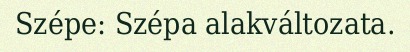
Szépe: Szépa alakváltozata.